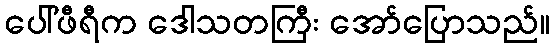
ပေါ်ဖီရီက ဒေါသတကြီး အော်ပြောသည်။